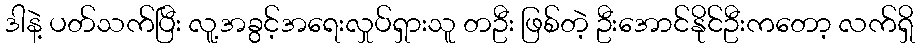
ဒါနဲ့ ပတ်သက်ပြီး လူ့အခွင့်အရေးလှုပ်ရှားသူ တဦး ဖြစ်တဲ့ ဦးအောင်နိုင်ဦးကတော့ လက်ရှိ